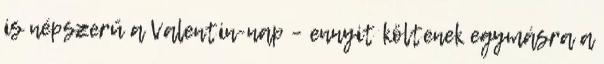
is népszerű a Valentin-nap – ennyit költenek egymásra a